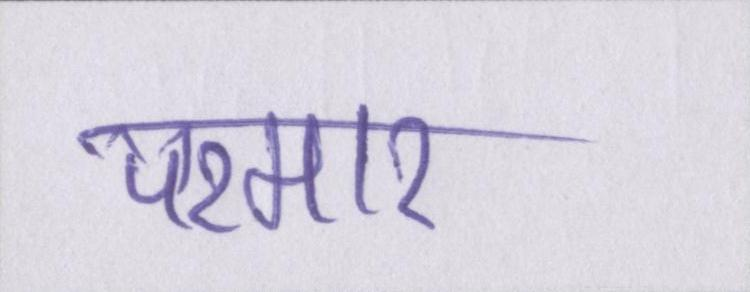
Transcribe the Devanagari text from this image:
परमार